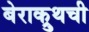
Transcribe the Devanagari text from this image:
बेराक्रुथची